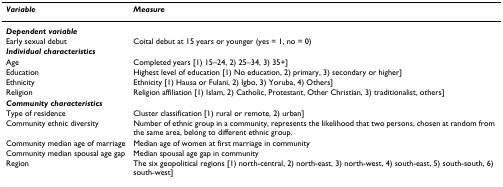
<table><thead><tr><td><b><i>Variable</i></b></td><td><b><i>Measure</i></b></td></tr></thead><tbody><tr><td><b><i>Dependent variable</i></b></td><td></td></tr><tr><td>Early sexual debut</td><td>Coital debut at 15 years or younger (yes = 1, no = 0)</td></tr><tr><td><b><i>Individual characteristics</i></b></td><td></td></tr><tr><td>Age</td><td>Completed years [1) 15–24, 2) 25–34, 3) 35+]</td></tr><tr><td>Education</td><td>Highest level of education [1) No education, 2) primary, 3) secondary or higher]</td></tr><tr><td>Ethnicity</td><td>Ethnicity [1) Hausa or Fulani, 2) Igbo, 3) Yoruba, 4) Others]</td></tr><tr><td>Religion</td><td>Religion affiliation [1) Islam, 2) Catholic, Protestant, Other Christian, 3) traditionalist, others]</td></tr><tr><td><b><i>Community characteristics</i></b></td><td></td></tr><tr><td>Type of residence</td><td>Cluster classification [1) rural or remote, 2) urban]</td></tr><tr><td>Community ethnic diversity</td><td>Number of ethnic group in a community, represents the likelihood that two persons, chosen at random from the same area, belong to different ethnic group.</td></tr><tr><td>Community median age of marriage</td><td>Median age of women at first marriage in community</td></tr><tr><td>Community median spousal age gap</td><td>Median spousal age gap in community</td></tr><tr><td>Region</td><td>The six geopolitical regions [1) north-central, 2) north-east, 3) north-west, 4) south-east, 5) south-south, 6) south-west]</td></tr></tbody></table>